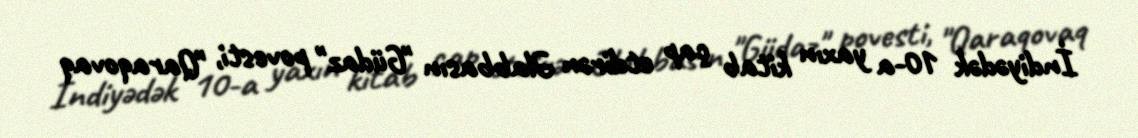
İndiyədək 10-a yaxın kitab çap etdirən Əlabbasın "Güdaz" povesti, "Qaraqovaq